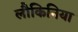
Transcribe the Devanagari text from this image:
लौकिनिया